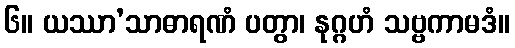
၆။ ယဿာ’သာဓာရဏံ ပတွာ၊ နုဂ္ဂဟံ သဗ္ဗကာမဒံ။